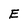
Character: E